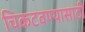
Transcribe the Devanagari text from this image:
चिकटवण्यासाठी